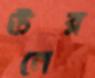
উনের